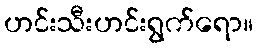
ဟင်းသီးဟင်းရွက်ရော။